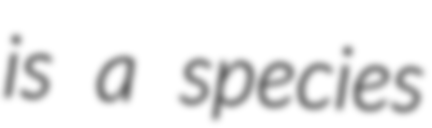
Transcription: is a species